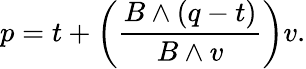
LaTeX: p=t+\left({\frac{B\wedge(q-t)}{B\wedge v}}\right)v.